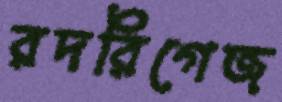
রদরিগেজ